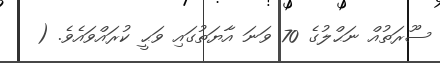
ސޫރަތުއް ނަޙްލުގެ 70 ވަނަ އާޔަތުގައި ވަޙީ ކުރައްވައެވެ. (